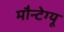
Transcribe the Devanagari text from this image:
मौन्टेग्यू